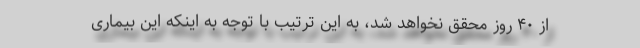
از ۴۰ روز محقق نخواهد شد، به این ترتیب با توجه به اینکه این بیماری